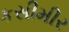
કસીમીર